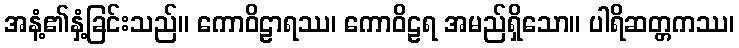
အနံ့၏နှံ့ခြင်းသည်။ ကောဝိဠာရဿ၊ ကောဝိဠရ အမည်ရှိသော။ ပါရိဆတ္တကဿ၊